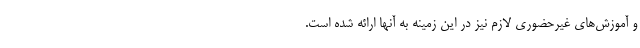
و آموزش‌های غیرحضوری لازم نیز در این زمینه به آنها ارائه شده است.